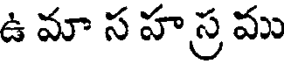
ఉ మా స హ స్ర ము